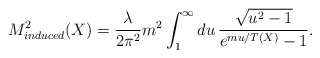
\begin{align*}M^2_{induced} (X) = \frac{\lambda}{2 \pi^2} m^2 \int_1^\infty d u \, \frac{\sqrt{u^2 - 1}}{e^{m u / T (X)} - 1} .\end{align*}